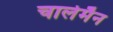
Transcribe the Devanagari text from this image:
चार्लेमैन